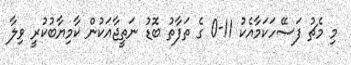
މި މެޗު ފަސޭހަކަމާއެކު 11-0 ގެ ތަފާތު ބޮޑު ނަތީޖާއަކުން ކާމިޔާބުކުރީ ވިލާ